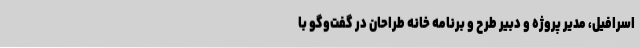
اسرافیل، مدیر پروژه و دبیر طرح و برنامه خانه طراحان در گفت‌وگو با